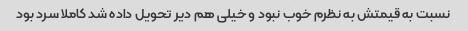
نسبت به قیمتش به نظرم خوب نبود و خیلی هم دیر تحویل داده شد کاملا سرد بود